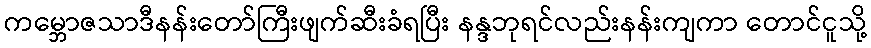
ကမ္ဘောဇသာဒီနန်းတော်ကြီးဖျက်ဆီးခံရပြီး နန္ဒဘုရင်လည်းနန်းကျကာ တောင်ငူသို့